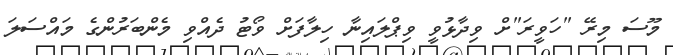
މޫސަ މިރޭ "ހަވީރަ"ށް ވިދާޅުވީ ވިޕްލައިނާ ހިލާފަށް ވޯޓު ދެއްވި މެންބަރުންގެ މައްސަލަ